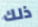
ذلك